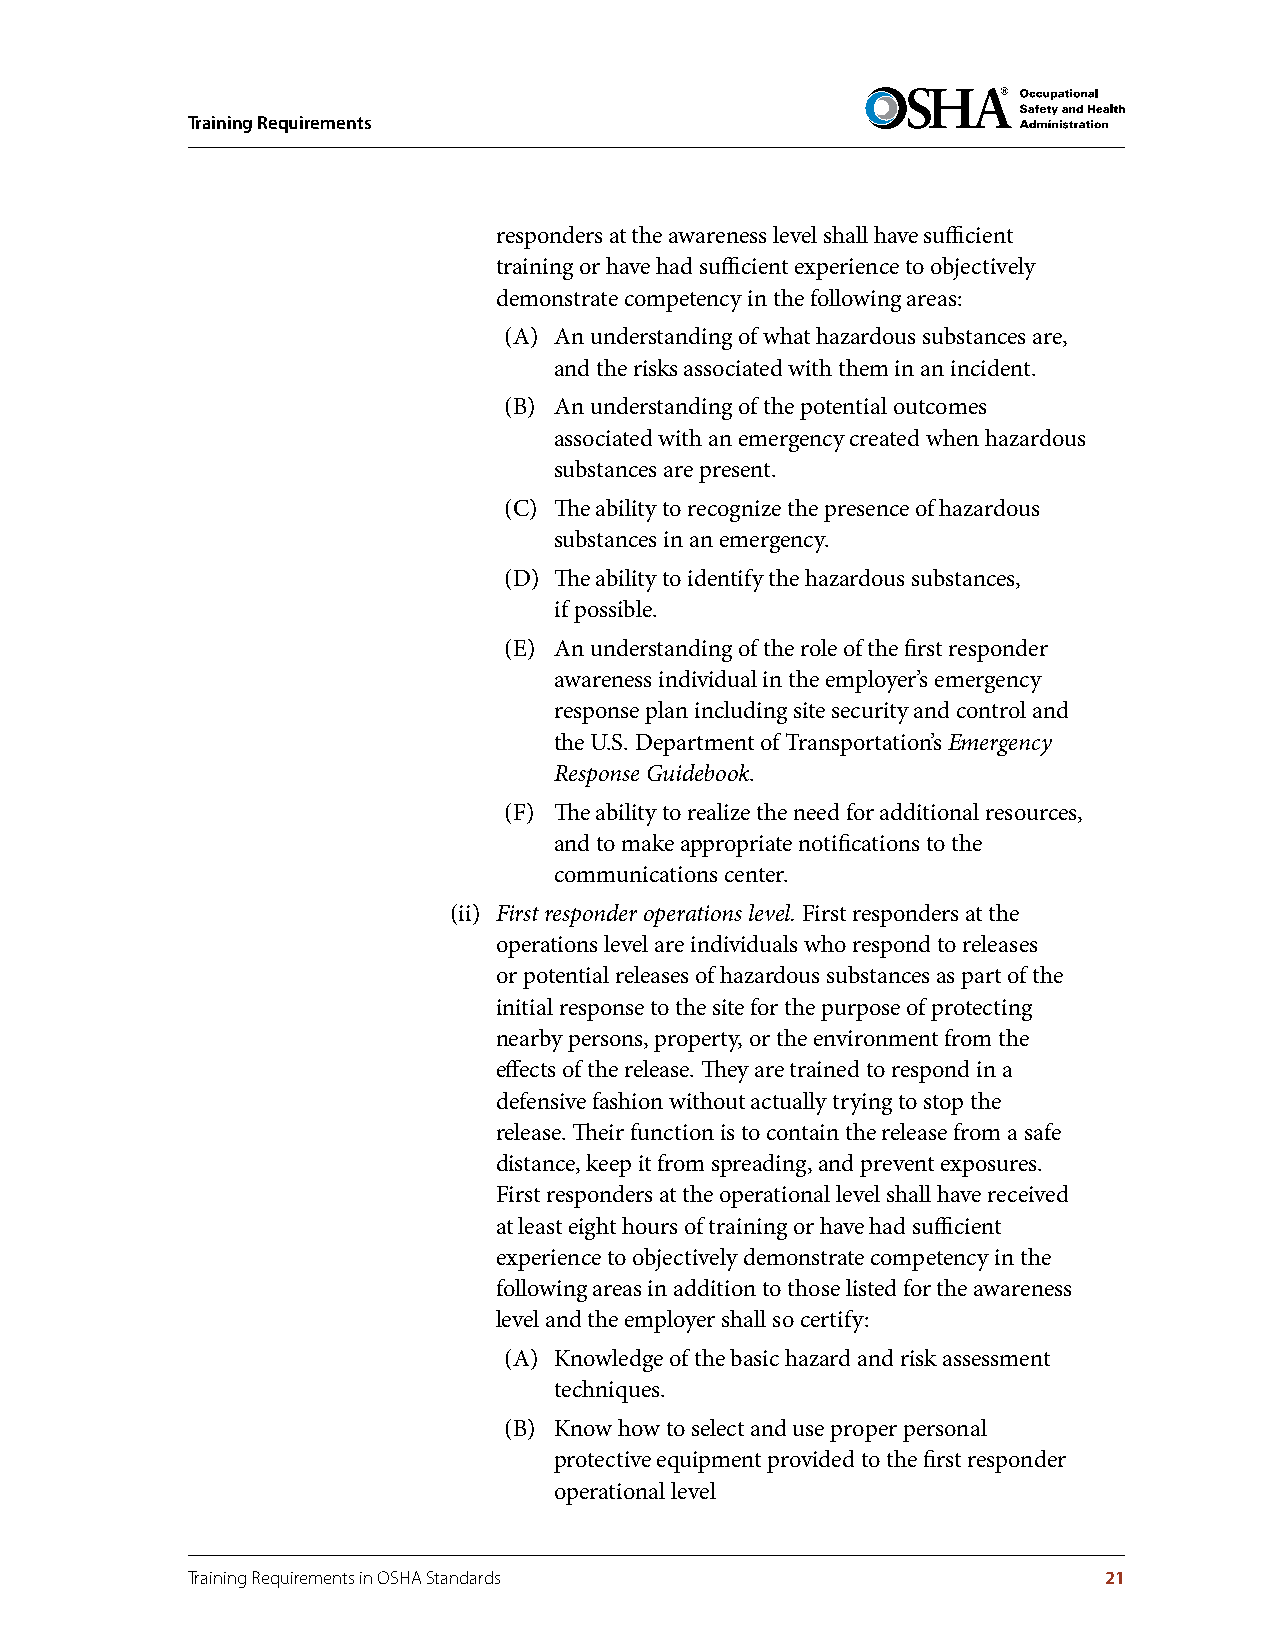
Training Requirements
 responders at the awareness level shall have sufficient
 training or have had sufficient experience to objectively
 demonstrate competency in the following areas:
 (A) An understanding of what hazardous substances are,
 and the risks associated with them in an incident.
 (B) An understanding of the potential outcomes
 associated with an emergency created when hazardous
 substances are present.
 (C) The ability to recognize the presence of hazardous
 substances in an emergency.
 (D) The ability to identify the hazardous substances,
 if possible.
 (E) An understanding of the role of the first responder
 awareness individual in the employer’s emergency
 response plan including site security and control and
 the U.S. Department of Transportation’s Emergency
 Response Guidebook.
 (F) The ability to realize the need for additional resources,
 and to make appropriate notifications to the
 communications center.
 (ii) First responder operations level. First responders at the
 operations level are individuals who respond to releases
 or potential releases of hazardous substances as part of the
 initial response to the site for the purpose of protecting
 nearby persons, property, or the environment from the
 effects of the release. They are trained to respond in a
 defensive fashion without actually trying to stop the
 release. Their function is to contain the release from a safe
 distance, keep it from spreading, and prevent exposures.
 First responders at the operational level shall have received
 at least eight hours of training or have had sufficient
 experience to objectively demonstrate competency in the
 following areas in addition to those listed for the awareness
 level and the employer shall so certify:
 (A) Knowledge of the basic hazard and risk assessment
 techniques.
 (B) Know how to select and use proper personal
 protective equipment provided to the first responder
 operational level
 Training Requirements in OSHA Standards                      21